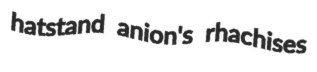
hatstand anion's rhachises